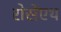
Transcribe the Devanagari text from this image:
रोसेंएथ